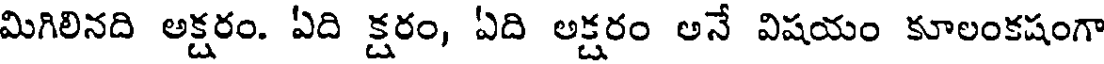
మిగిలినది అక్షరం. ఏది క్షరం, ఏది అక్షరం అనే విషయం కూలంకషంగా